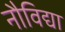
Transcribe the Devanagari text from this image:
नौविद्या